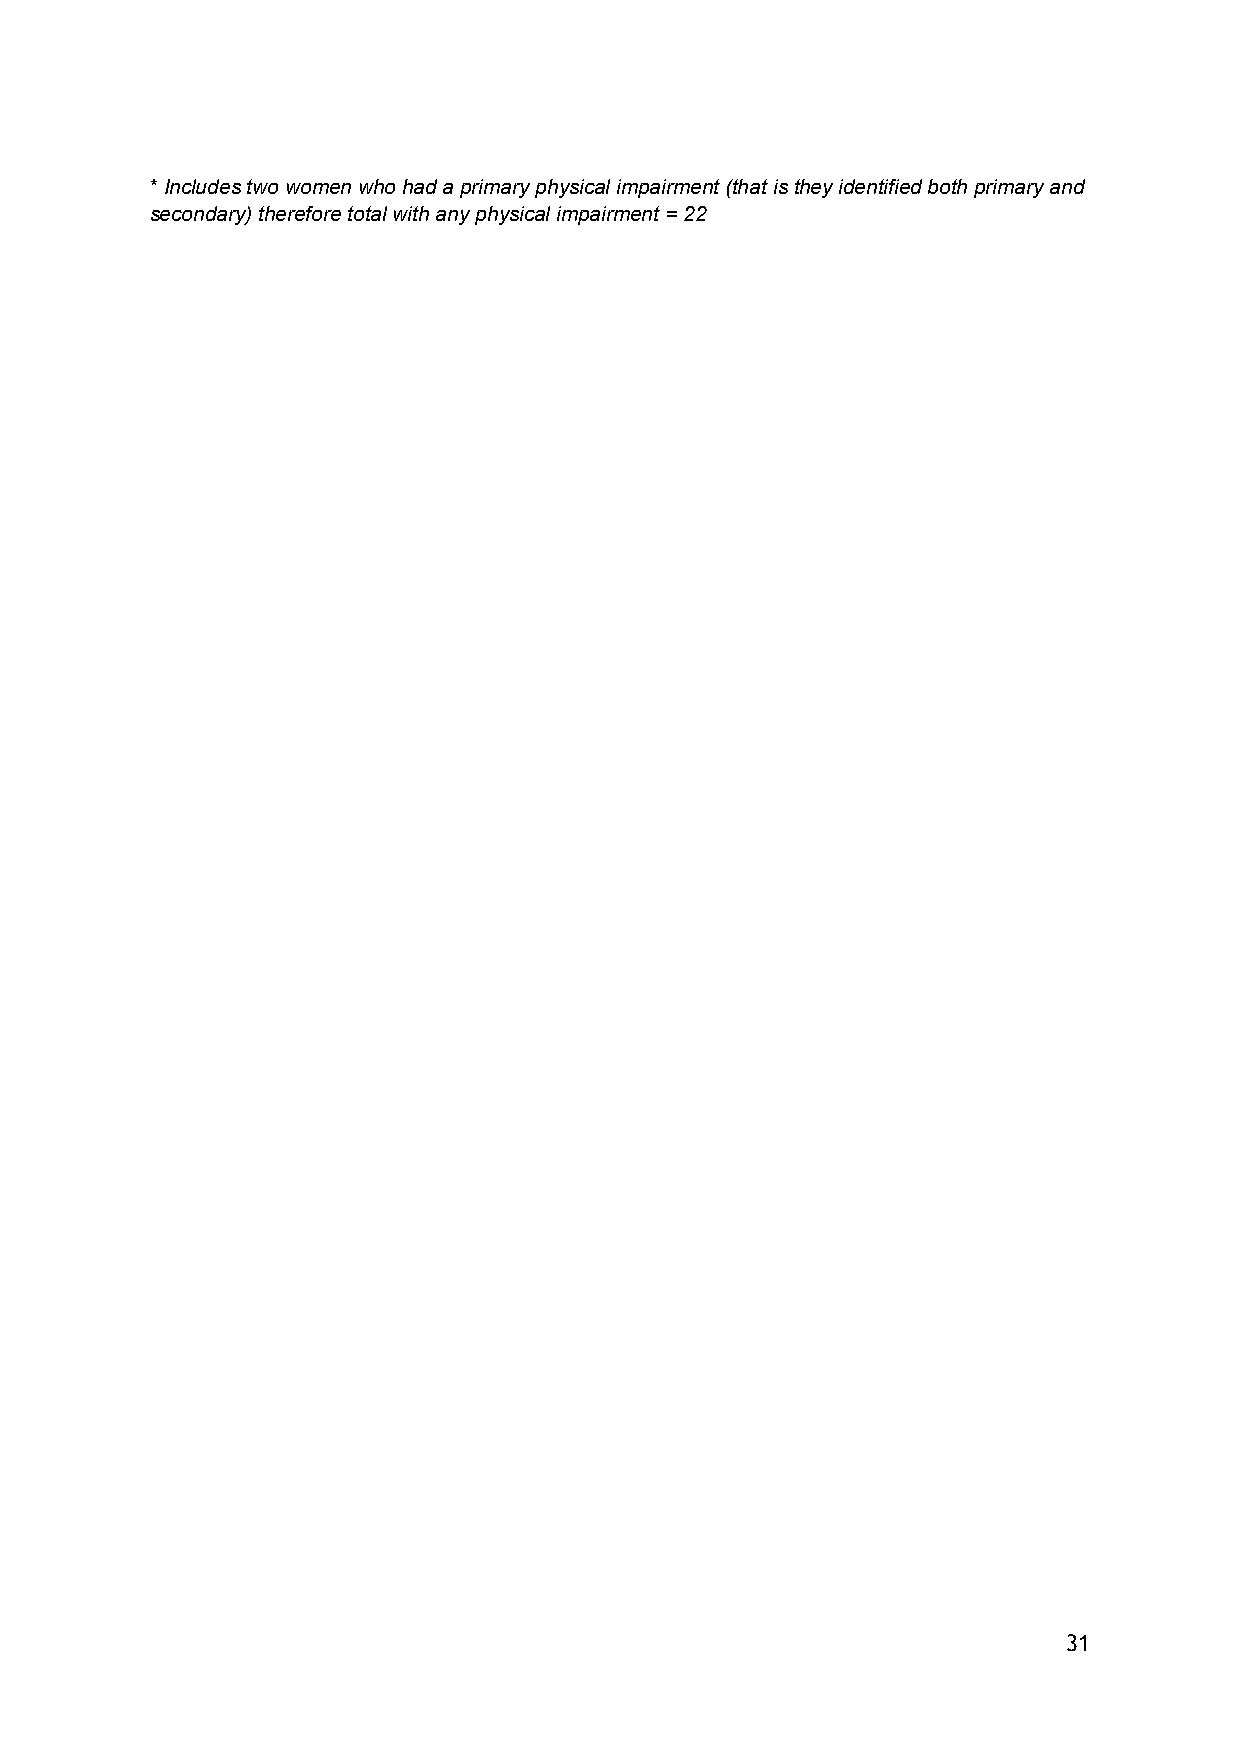
* Includes two women who had a primary physical impairment (that is they identified both primary and
 secondary) therefore total with any physical impairment = 22
 31